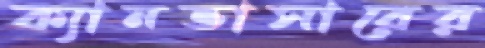
ক্যানভাসারের